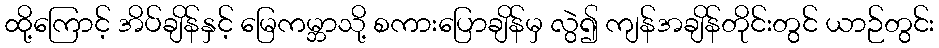
ထို့ကြောင့် အိပ်ချိန်နှင့် မြေကမ္ဘာသို့ စကားပြောချိန်မှ လွဲ၍ ကျန်အချိန်တိုင်းတွင် ယာဉ်တွင်း